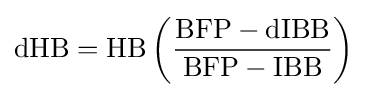
{\rm {{dHB=HB\left({\frac {BFP-dIBB}{BFP-IBB}}\right)}\,}}